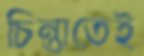
চিন্তাতেই